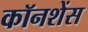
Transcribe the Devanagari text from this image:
कॉनशेंस